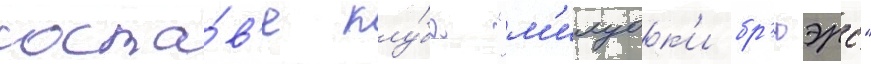
соста́в'е клу́ба "м'илуок'и бр'юэрс"